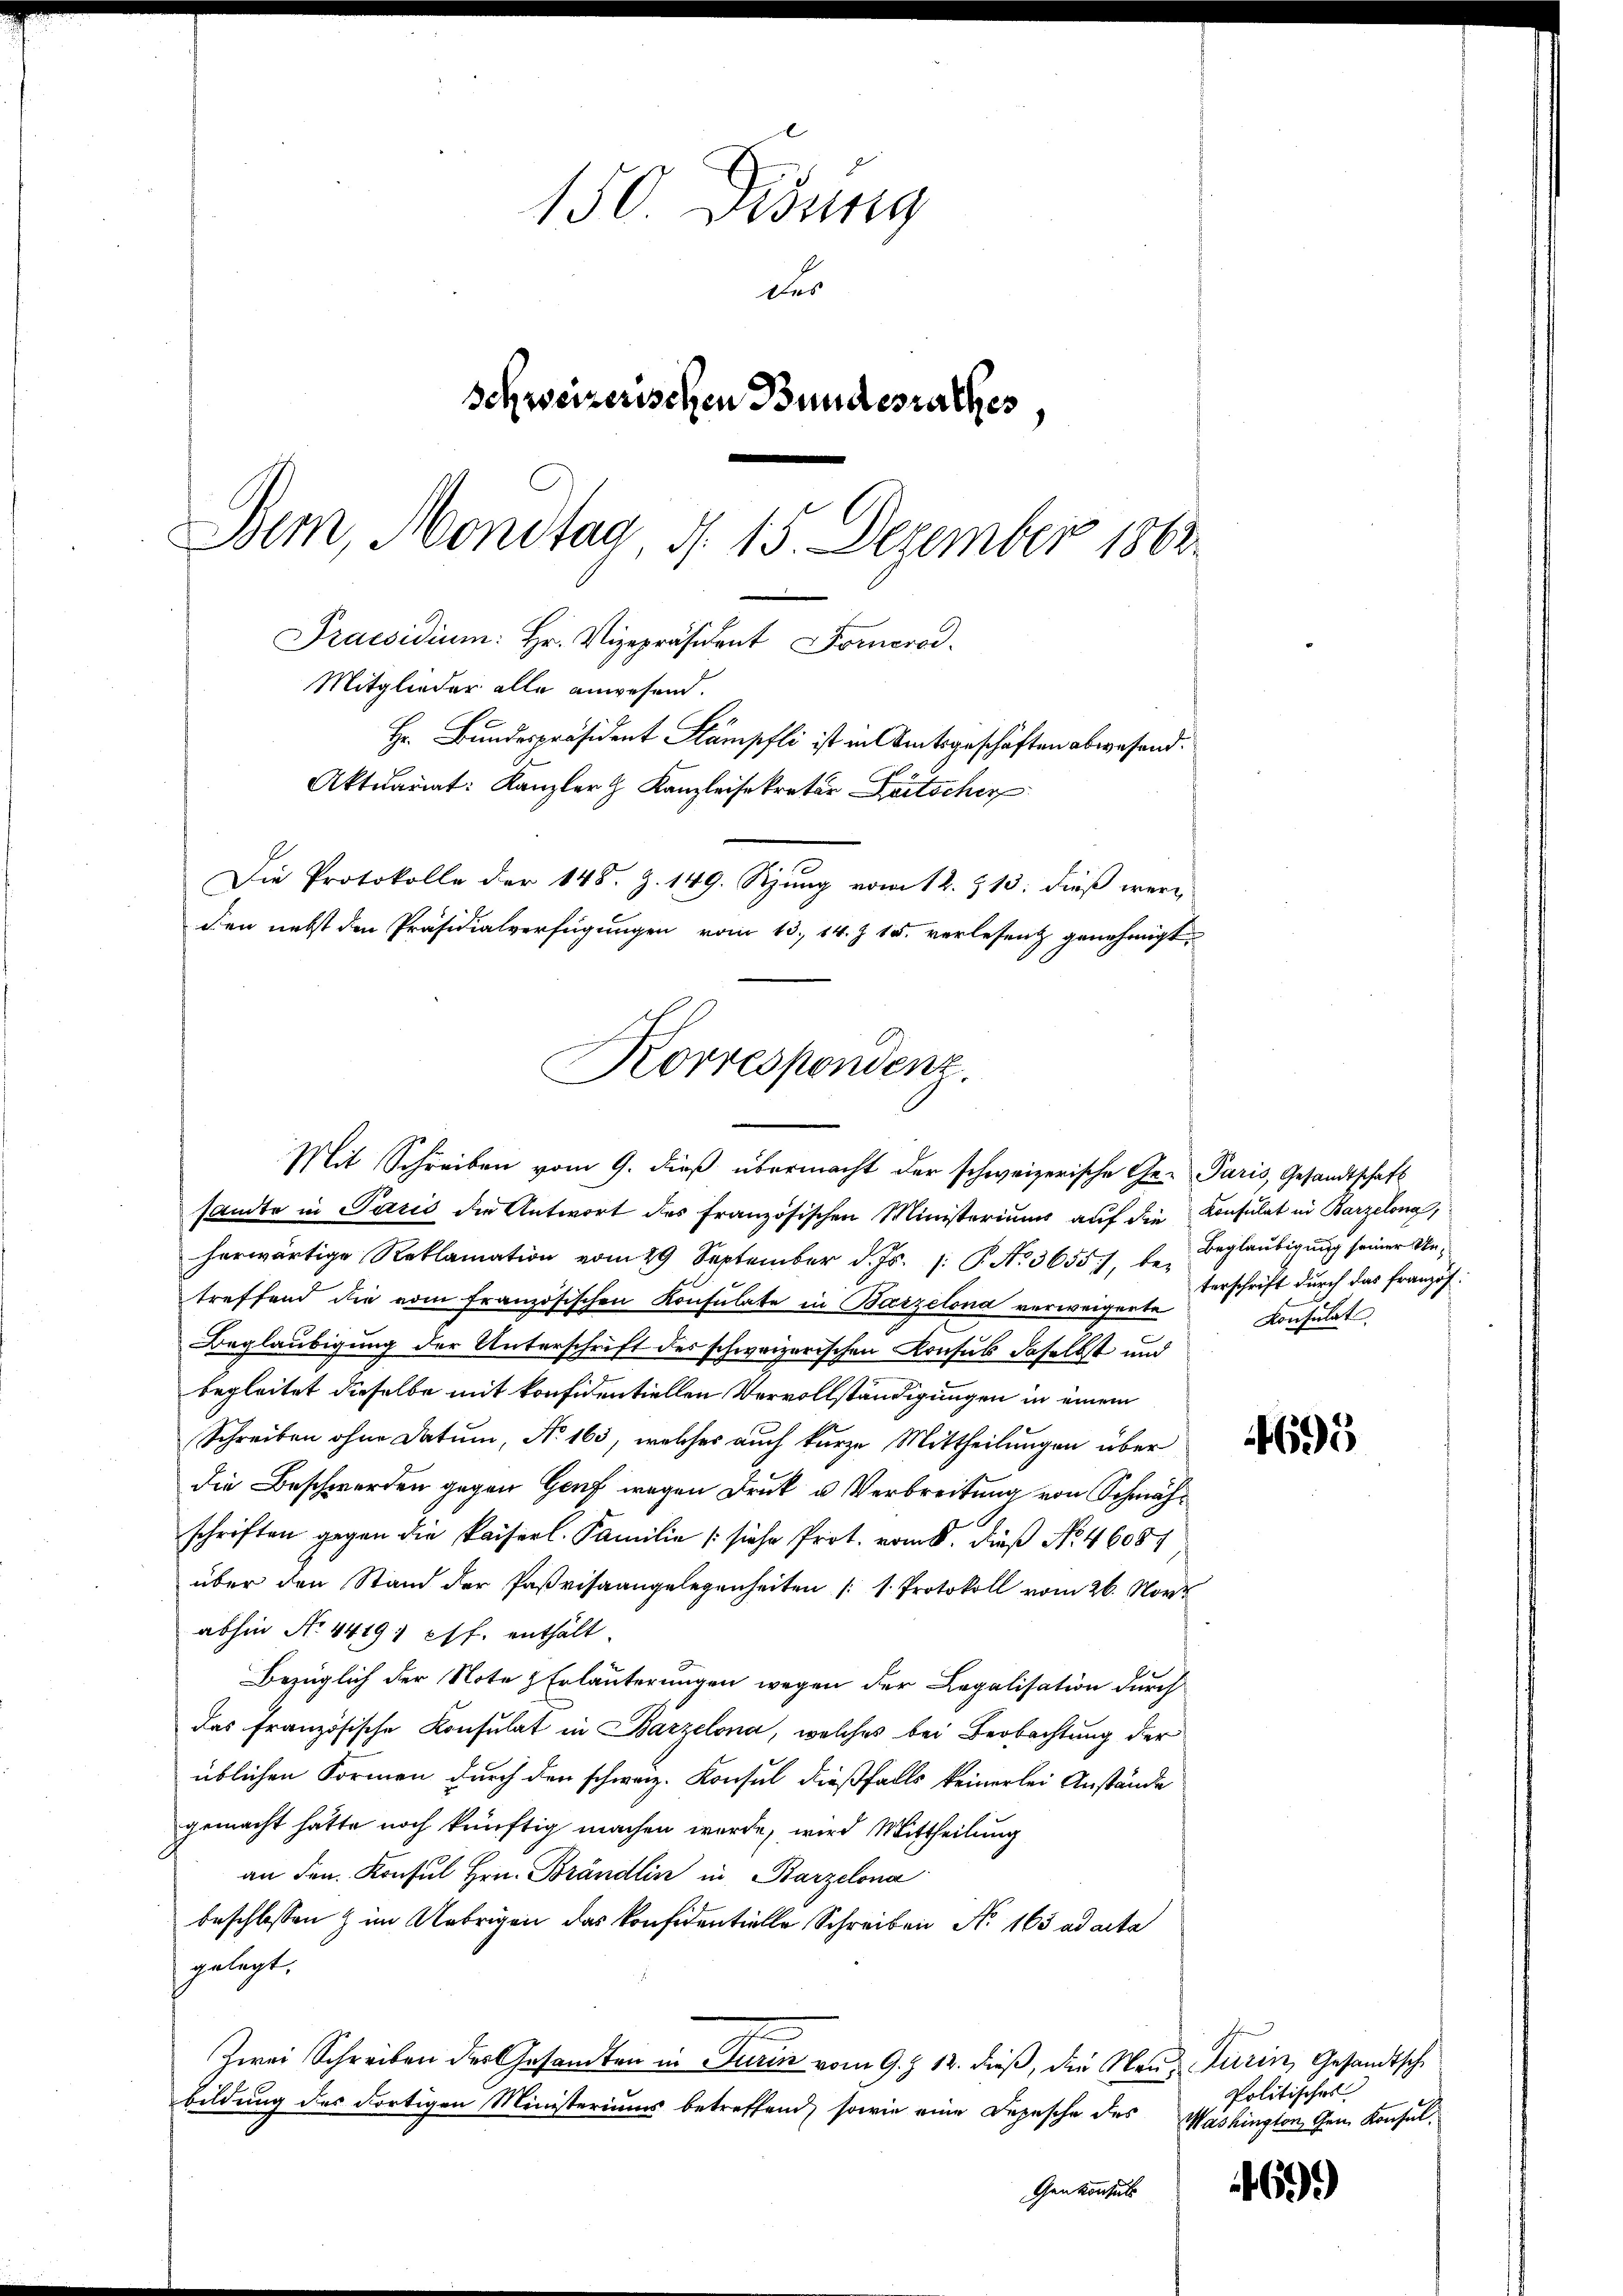
150 Didung
des
Schweizerischen Bundesrathes
Bem, Mondtag, d. 15. Dezember 1863
Praesidium: Hr. Vizepräsident Fomerad.
Mitglieder alle anwesend.
Hr. Bundespräsident Stämpfli ist in Amtsgeschäften abwesend.
Aktuariat: Kanzler & Kanzleisekretär Lätscher
Die Protokolle der 148. Z. 149. Szung vom 12. 713. dieß werden nebst den Präsidialverfügungen vom 13. 14. Z. 15. verlesen genehmigt.

Korrespondenz.
Mit Schreiben vom 9. dieß übermacht der schweizerische Ge- Paris, Gesandtschaft

sandte in Paris die Antwort des französischen Ministeriums auf die
herwärtige Reklamation vom 29 September d. Js. 1. P. No. 3655), be-
treffend die vom französischen Konsulate in Barzelond verweigerte
Beglaubigung der Unterschrift des schweizerischen Konsul daselbst und
begleitet dieselbe mit konfidentiellen Vervollständigungen in einem
Schreiben ohne Datum, No 165, welcher auch kurze Mittheilungen über
die Beschwerden gegen Genf wegen Druk u Verbreitung von Schmähschriften gegen die kaiserl. Familie (siehe Prot. vom 8. Dieß No. 46081
über den Stand der Parisaangelegenheiten (s. Protokoll vom 26. Nove
abhin Nr. 44191 ff. enthält.
Bezüglich der Note & Erläuterungen wegen der Legalisation durch
das französische Konsulat in Barzelona, welches bei Beobachtung der
üblichen Formen durch den schweiz. Konsul dießfalls keinerlei Anstände
gemacht hatte noch künftig machen werde, wird Mittheilung
an den Konsul Hrn. Brändlin in Barzelona
beschlossen & im Uebrigen das Konfidentielle Schreiben No 163 ad acta
gelegt.
Zwei Schreiben des Gesandten in Turin vom 9. Z. 12. dieß, die Neue Turin, Gesandtsche
bildung des dortigen Ministeriums betreffend, sowie eine Depesche des Washington Gem. Konsul¬
Genkonsuls

Konsulat in Barzelona
Beglaubigung seiner Unterschrift durch das französ.
Konsulat

4695

Politisches

6)